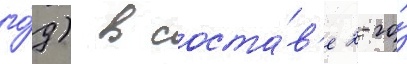
го́д) в соста́в'е 2-го́